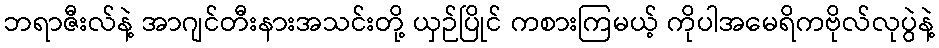
ဘရာဇီးလ်နဲ့ အာဂျင်တီးနားအသင်းတို့ ယှဉ်ပြိုင် ကစားကြမယ့် ကိုပါအမေရိကဗိုလ်လုပွဲနဲ့